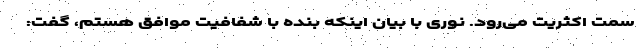
سمت اکثریت می‌رود. نوری با بیان اینکه بنده با شفافیت موافق هستم، گفت: